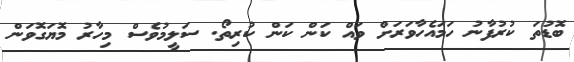
ބޮޑުތަ ކުރުފާނު ހަމައެހާވަރަށް ވައް ކަން ކަން ކުރިތޯ. ސަލީމުވެސް މިހާރު މޮޔަގޮވަން